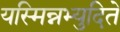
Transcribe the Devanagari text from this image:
यस्मिन्नभ्युदिते